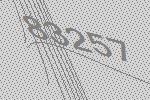
83257